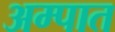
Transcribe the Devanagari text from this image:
अम्पात